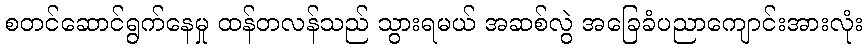
စတင်ဆောင်ရွက်နေမှု ထန်တလန်သည် သွားရမယ် အဆစ်လွဲ အခြေခံပညာကျောင်းအားလုံး